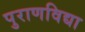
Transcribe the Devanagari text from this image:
पुराणविद्या